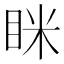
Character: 眯